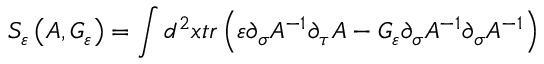
{ \cal S } _ { \varepsilon } \left( A , { \cal G } _ { \varepsilon } \right) = \int d ^ { 2 } x t r \left( \varepsilon \partial _ { \sigma } A ^ { - 1 } \partial _ { \tau } A - { \cal G } _ { \varepsilon } \partial _ { \sigma } A ^ { - 1 } \partial _ { \sigma } A ^ { - 1 } \right)